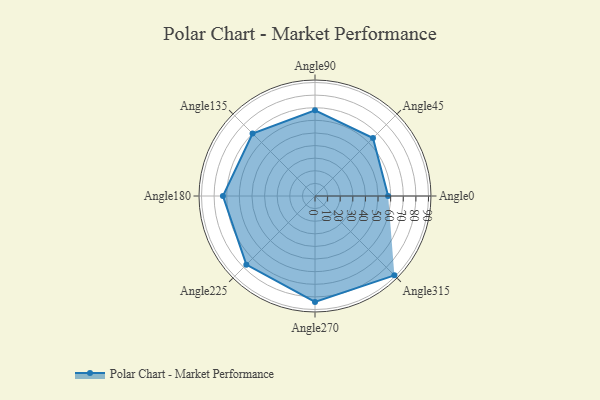
{"axis": {"x": "Angle", "y": "Radius"}, "legend": [""], "data": [{"x": "Angle0", "y": 58.0, "type": ""}, {"x": "Angle45", "y": 65.0, "type": ""}, {"x": "Angle90", "y": 68.0, "type": ""}, {"x": "Angle135", "y": 70.0, "type": ""}, {"x": "Angle180", "y": 73.0, "type": ""}, {"x": "Angle225", "y": 77.0, "type": ""}, {"x": "Angle270", "y": 84.0, "type": ""}, {"x": "Angle315", "y": 89.0, "type": ""}]}